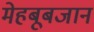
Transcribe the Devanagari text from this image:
मेहबूबजान